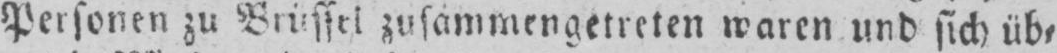
Personen zu Brüssel zusammengetreten waren und sich üb⸗